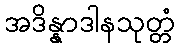
အဒိန္နာဒါနသုတ္တံ